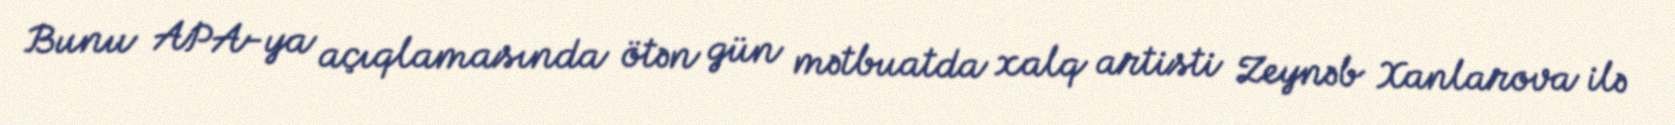
Bunu APA-ya açıqlamasında ötən gün mətbuatda xalq artisti Zeynəb Xanlarova ilə